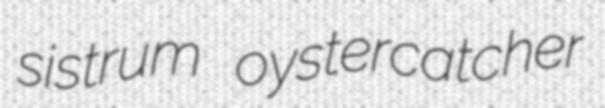
sistrum oystercatcher